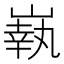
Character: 𡼈